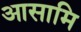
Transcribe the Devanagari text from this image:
आसामि